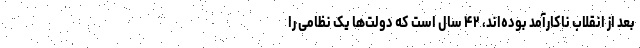
بعد از انقلاب ناکارآمد بوده‌اند، ۴۲ سال است که دولت‌ها یک نظامی را